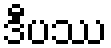
ဒီပဿ